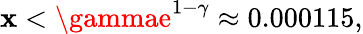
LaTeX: \mathbf{x}<\gammae^{1-\gamma}\approx0.000115,